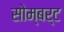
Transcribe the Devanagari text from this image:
सोम्बर्ट